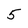
Character: 5